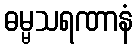
ဓမ္မသရဏာနံ